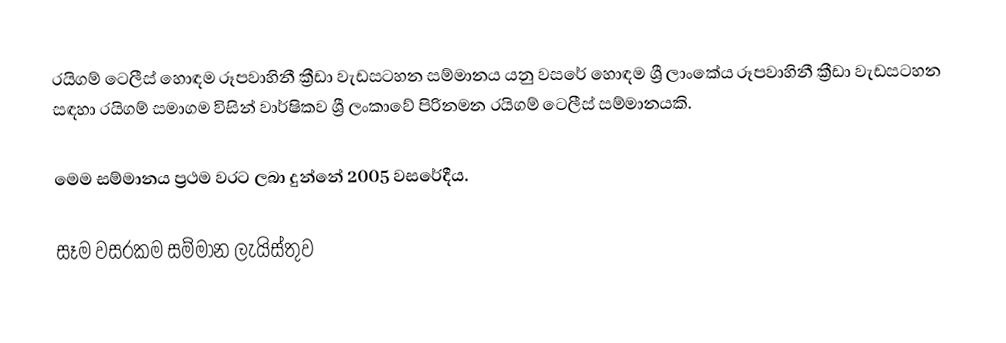
රයිගම් ටෙලීස් හොඳම රූපවාහිනී ක්‍රීඩා වැඩසටහන සම්මානය යනු වසරේ හොඳම ශ්‍රී ලාංකේය රූපවාහිනී ක්‍රීඩා වැඩසටහන සඳහා රයිගම් සමාගම විසින් වාර්ෂිකව ශ්‍රී ලංකාවේ පිරිනමන රයිගම් ටෙලීස් සම්මානයකි.

මෙම සම්මානය ප්‍රථම වරට ලබා දුන්නේ 2005 වසරේදීය.

සෑම වසරකම සම්මාන ලැයිස්තුව